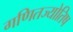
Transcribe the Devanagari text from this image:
गणितज्योतिष